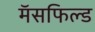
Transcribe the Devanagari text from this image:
मॅसफिल्ड